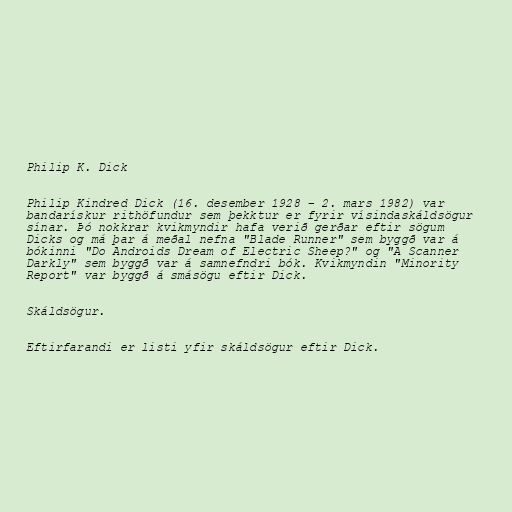
Philip K. Dick

Philip Kindred Dick (16. desember 1928 – 2. mars 1982) var
bandarískur rithöfundur sem þekktur er fyrir vísindaskáldsögur
sínar. Þó nokkrar kvikmyndir hafa verið gerðar eftir sögum
Dicks og má þar á meðal nefna "Blade Runner" sem byggð var á
bókinni "Do Androids Dream of Electric Sheep?" og "A Scanner
Darkly" sem byggð var á samnefndri bók. Kvikmyndin "Minority
Report" var byggð á smásögu eftir Dick.

Skáldsögur.

Eftirfarandi er listi yfir skáldsögur eftir Dick.